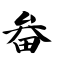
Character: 畚